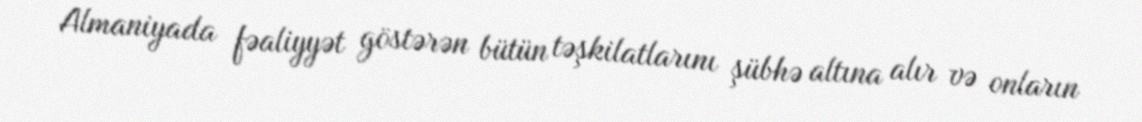
Almaniyada fəaliyyət göstərən bütün təşkilatlarını şübhə altına alır və onların